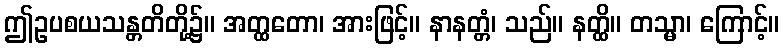
ဤဥပစယသန္တတိတို့၌။ အတ္ထတော၊ အားဖြင့်။ နာနတ္တံ၊ သည်။ နတ္ထိ။ တသ္မာ၊ ကြောင့်။